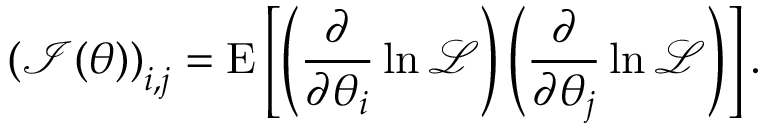
{ ( { \mathcal { I } } ( \theta ) ) } _ { i , j } = \operatorname { E } \left[ \left( { \frac { \partial } { \partial \theta _ { i } } } \ln { \mathcal { L } } \right) \left( { \frac { \partial } { \partial \theta _ { j } } } \ln { \mathcal { L } } \right) \right] .